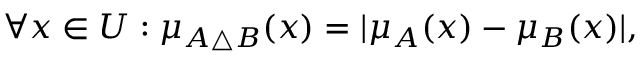
\forall x \in { U } : \mu _ { A \triangle { B } } ( x ) = | \mu _ { A } ( x ) - \mu _ { B } ( x ) | ,